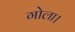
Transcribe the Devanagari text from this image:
गोला।